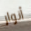
أنوار